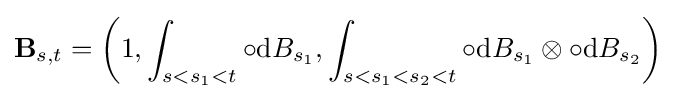
\mathbf {B} _{s,t}=\left(1,\int _{s<s_{1}<t}\circ \mathrm {d} B_{s_{1}},\int _{s<s_{1}<s_{2}<t}\circ \mathrm {d} B_{s_{1}}\otimes \circ \mathrm {d} B_{s_{2}}\right)